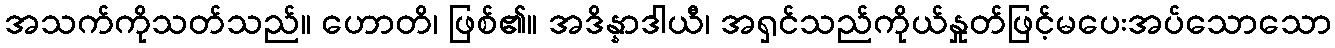
အသက်ကိုသတ်သည်။ ဟောတိ၊ ဖြစ်၏။ အဒိန္နာဒါယီ၊ အရှင်သည်ကိုယ်နှုတ်ဖြင့်မပေးအပ်သောသော